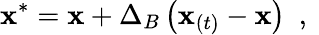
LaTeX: \mathbf{x}^{*}=\mathbf{x}+\Delta_{B}\left(\mathbf{x}_{(t)}-\mathbf{x}\right)\ \mathrm{~,~}